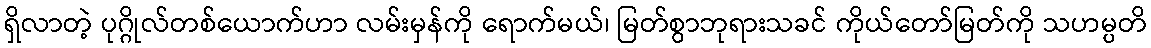
ရှိလာတဲ့ ပုဂ္ဂိုလ်တစ်ယောက်ဟာ လမ်းမှန်ကို ရောက်မယ်၊ မြတ်စွာဘုရားသခင် ကိုယ်တော်မြတ်ကို သဟမ္ပတိ